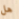
هل